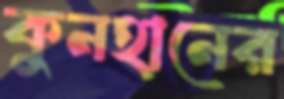
কুনহানের